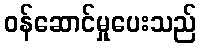
ဝန်ဆောင်မှုပေးသည်